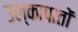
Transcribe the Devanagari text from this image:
उल्कापातों